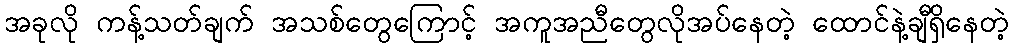
အခုလို ကန့်သတ်ချက် အသစ်တွေကြောင့် အကူအညီတွေလိုအပ်နေတဲ့ ထောင်နဲ့ချီရှိနေတဲ့